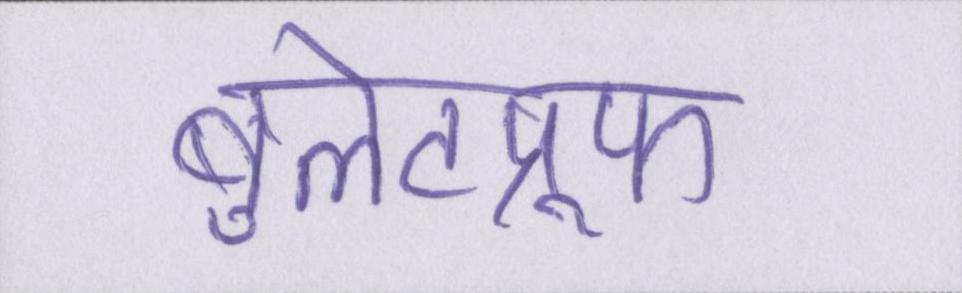
बुलेटप्रूफ